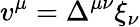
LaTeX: v^{\mu}=\Delta^{\mu\nu}\xi_{\nu}